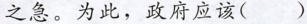
之急。为此，政府应该( )